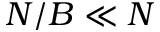
N / B \ll N